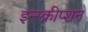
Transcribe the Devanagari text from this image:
इन्स्क्रीप्शन